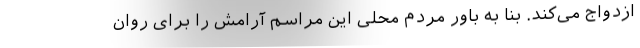
ازدواج می‌کند. بنا به باور مردم محلی این مراسم آرامش را برای روان